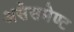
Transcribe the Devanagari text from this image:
असेसमेण्ट